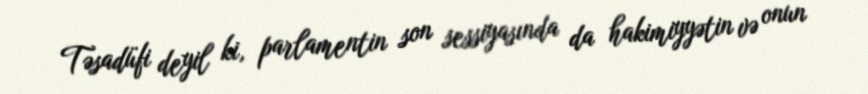
Təsadüfi deyil ki, parlamentin son sessiyasında da hakimiyyətin və onun